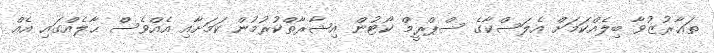
ތަޢާރުޒުވާ ބިލެއްކަމަށް އެލަސްކާގެ ސްޕްރީމް ކޯޓުން އިޝާރާތްކުރުމުން ކަމަށާއި އެއްވެސް ޙާލެއްގައި އެއް